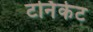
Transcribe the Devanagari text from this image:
टर्निकेट